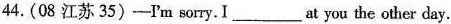
44. (08 江苏 35) 一Im sorry.I___at you the other day.